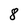
Character: 8